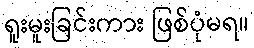
ရူးမူးခြင်းကား ဖြစ်ပုံမရ။